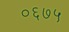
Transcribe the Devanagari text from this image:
०६७५